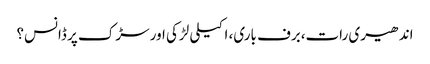
اندھیری رات،برف باری، اکیلی لڑکی اور سڑک پر ڈانس؟